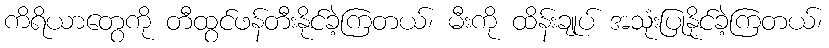
ကိရိယာတွေကို တီထွင်ဖန်တီးနိုင်ခဲ့ကြတယ်၊ မီးကို ထိန်းချုပ် အသုံးပြုနိုင်ခဲ့ကြတယ်၊